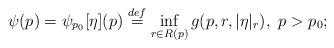
LaTeX: \begin{align*} \psi(p) = \psi_{p_0}[\eta](p) \stackrel{def}{=} \inf_{r \in R(p)} g(p, r, |\eta|_r), \ p > p_0;\end{align*}